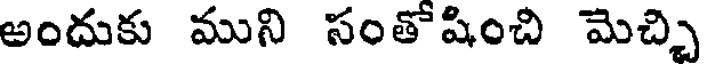
అందుకు ముని సంతోషించి మెచ్చి